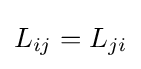
L_{ij}=L_{ji}